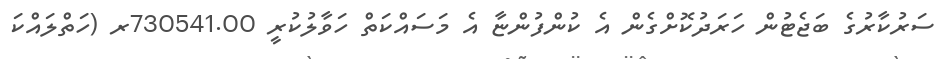
ސަރުކާރުގެ ބަޖެޓުން ހަރަދުކޮށްގެން އެ ކުންފުންޏާ އެ މަސައްކަތް ހަވާލުކުރީ 730541.00ރ (ހަތްލައްކަ